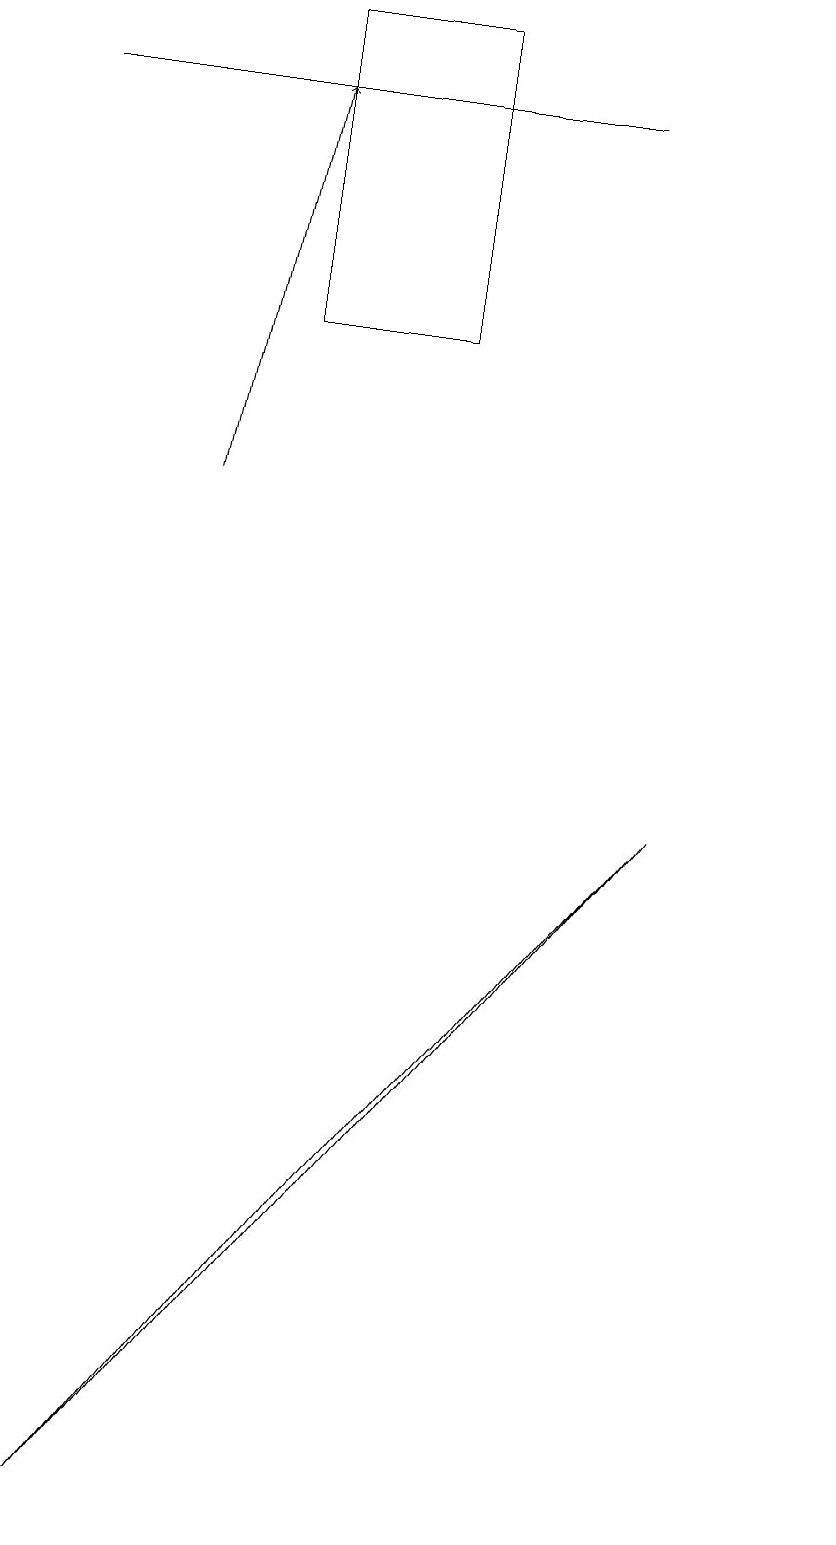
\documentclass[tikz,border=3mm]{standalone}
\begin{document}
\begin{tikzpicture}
\draw (8,18) rectangle (1,18);
\draw (4,19) rectangle (6,15);
\draw (11,10) circle (0);
\draw[->] (3,13) -- (4,18);
\draw (5,4) -- (2,0) -- (9,9) -- cycle;
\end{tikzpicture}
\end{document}